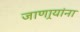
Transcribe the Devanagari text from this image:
जाणार्‍यांना